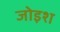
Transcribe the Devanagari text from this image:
जोइश